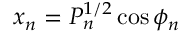
x _ { n } = P _ { n } ^ { 1 / 2 } \cos \phi _ { n }